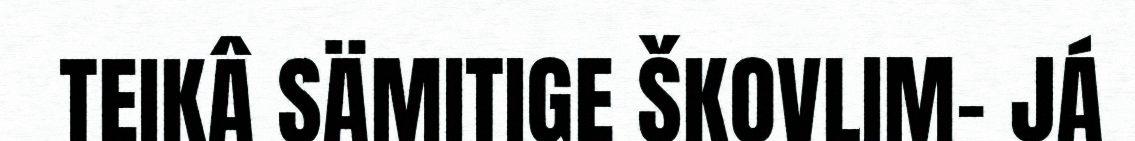
TEIKÂ SÄMITIGE ŠKOVLIM- JÁ